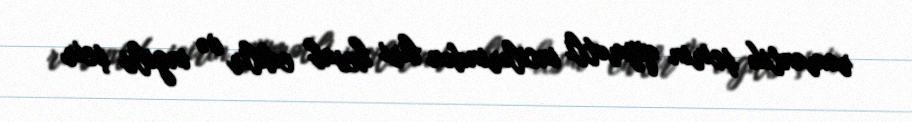
romantik şeirin qiymətli incilərindən biri hesab edilir və ingilis şeir